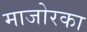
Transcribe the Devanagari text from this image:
माजोरका